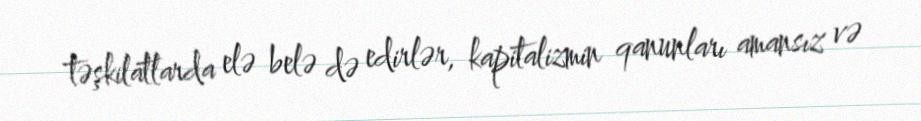
təşkilatlarda elə belə də edirlər, kapitalizmin qanunları amansız və